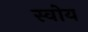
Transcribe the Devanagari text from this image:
स्वोय